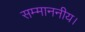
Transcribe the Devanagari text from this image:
सम्माननीय।